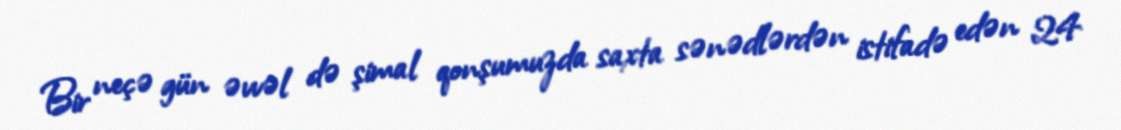
Bir neçə gün əvvəl də şimal qonşumuzda saxta sənədlərdən istifadə edən 24